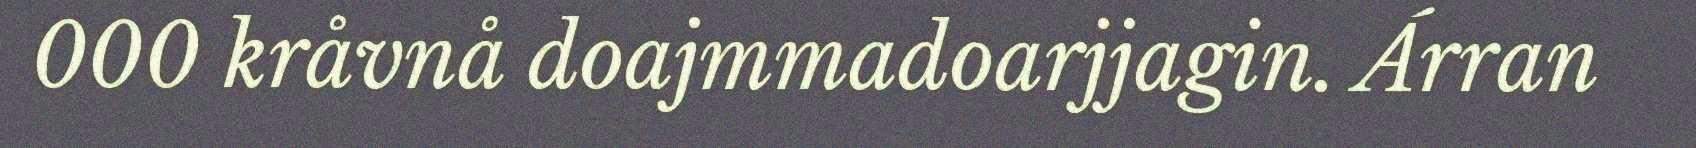
000 kråvnå doajmmadoarjjagin. Árran